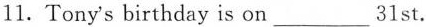
11.Tony's birthday is on___31st.